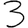
Digit: 3